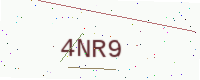
Text: 4NR9